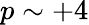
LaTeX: p\sim+4